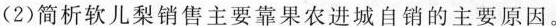
(2)简析软儿梨销售主要靠果农进城自销的主要原因。